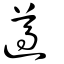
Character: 遵